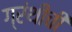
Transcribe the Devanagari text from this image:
ग्रंथीची